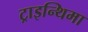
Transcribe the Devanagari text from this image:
ट्राइन्थिमा